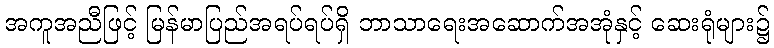
အကူအညီဖြင့် မြန်မာပြည်အရပ်ရပ်ရှိ ဘာသာရေးအဆောက်အအုံနှင့် ဆေးရုံများ၌